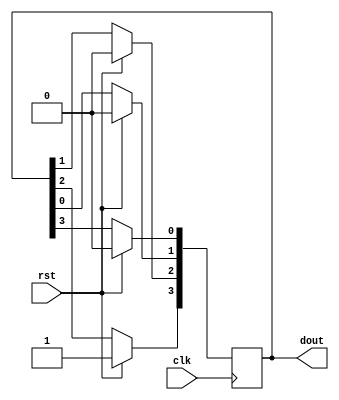
`timescale 1ns / 1ps
//////////////////////////////////////////////////////////////////////////////////
// Company: 
// Engineer: 
// 
// Design Name: 
// Module Name: ring_counter_with_testbench
// Project Name: 
// Target Devices: 
// Tool Versions: 
// Description: 
// 
// Dependencies: 
// 
// Revision:
// Revision 0.01 - File Created
// Additional Comments:
// 
//////////////////////////////////////////////////////////////////////////////////


module ring_counter_with_testbench(
    input clk,rst,
    output reg [3:0] dout
    );
    
    always@(posedge clk)
    begin
    if(rst==1'b1) 
    begin
    dout<=4'b1000;
    end
    else
    begin
        dout[3]<=dout[2];
        dout[2]<=dout[1];
        dout[1]<=dout[0];
        dout[0]<=dout[3];
    end
    end
endmodule